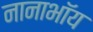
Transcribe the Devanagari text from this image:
नानाभॉय